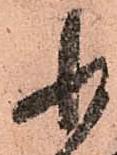
小